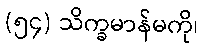
(၅၄) သိက္ခမာန်မကို၊